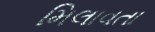
મિલાવતા